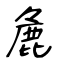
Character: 麁